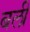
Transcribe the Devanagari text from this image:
बली